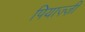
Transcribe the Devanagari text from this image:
पियाज़्ज़ी